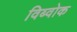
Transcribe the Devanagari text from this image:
विब्वोक